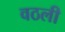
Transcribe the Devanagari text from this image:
वठली